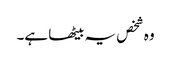
وہ شخص یہ بیٹھا ہے۔